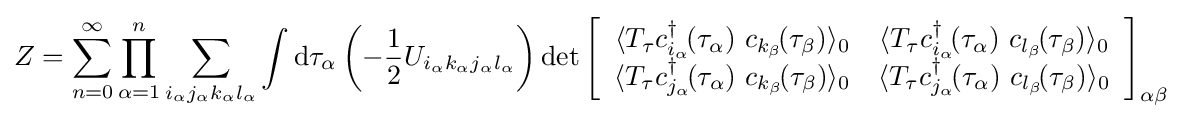
Z=\sum _{n=0}^{\infty }\prod _{\alpha =1}^{n}\sum _{i_{\alpha }j_{\alpha }k_{\alpha }l_{\alpha }}\int \mathrm {d} \tau _{\alpha }\left(-{\frac {1}{2}}U_{i_{\alpha }k_{\alpha }j_{\alpha }l_{\alpha }}\right)\det \left[{\begin{array}{cc}\langle T_{\tau }c_{i_{\alpha }}^{\dagger }\!(\tau _{\alpha })\ c_{k_{\beta }}\!(\tau _{\beta })\rangle _{0}&\langle T_{\tau }c_{i_{\alpha }}^{\dagger }\!(\tau _{\alpha })\ c_{l_{\beta }}\!(\tau _{\beta })\rangle _{0}\\\langle T_{\tau }c_{j_{\alpha }}^{\dagger }\!(\tau _{\alpha })\ c_{k_{\beta }}\!(\tau _{\beta })\rangle _{0}&\langle T_{\tau }c_{j_{\alpha }}^{\dagger }\!(\tau _{\alpha })\ c_{l_{\beta }}\!(\tau _{\beta })\rangle _{0}\end{array}}\right]_{\alpha \beta }